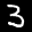
Label: 3